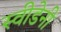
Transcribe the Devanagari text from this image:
स्वीडेनी